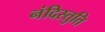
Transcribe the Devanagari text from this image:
नंदिस्तुति